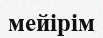
мейірім